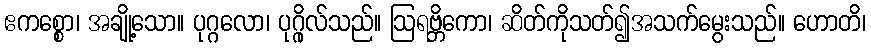
ဧကစ္စော၊ အချို့သော။ ပုဂ္ဂလော၊ ပုဂ္ဂိုလ်သည်။ ဩရဗ္ဘိကော၊ ဆိတ်ကိုသတ်၍အသက်မွေးသည်။ ဟောတိ၊